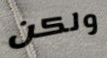
ولكن